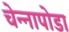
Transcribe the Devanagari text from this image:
चेन्‍नापोडा